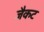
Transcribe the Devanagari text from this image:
जैकट